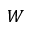
W